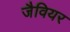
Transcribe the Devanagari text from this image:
जैवियर